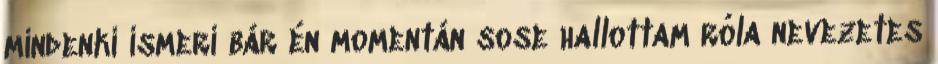
mindenki ismeri bár én momentán sose hallottam róla nevezetes